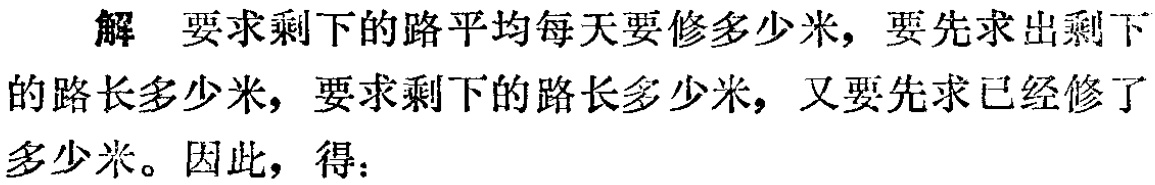
解 要求剩下的路平均每天要修多少米，要先求出剩下的路长多少米，要求剩下的路长多少米，又要先求已经修了多少米。因此，得：